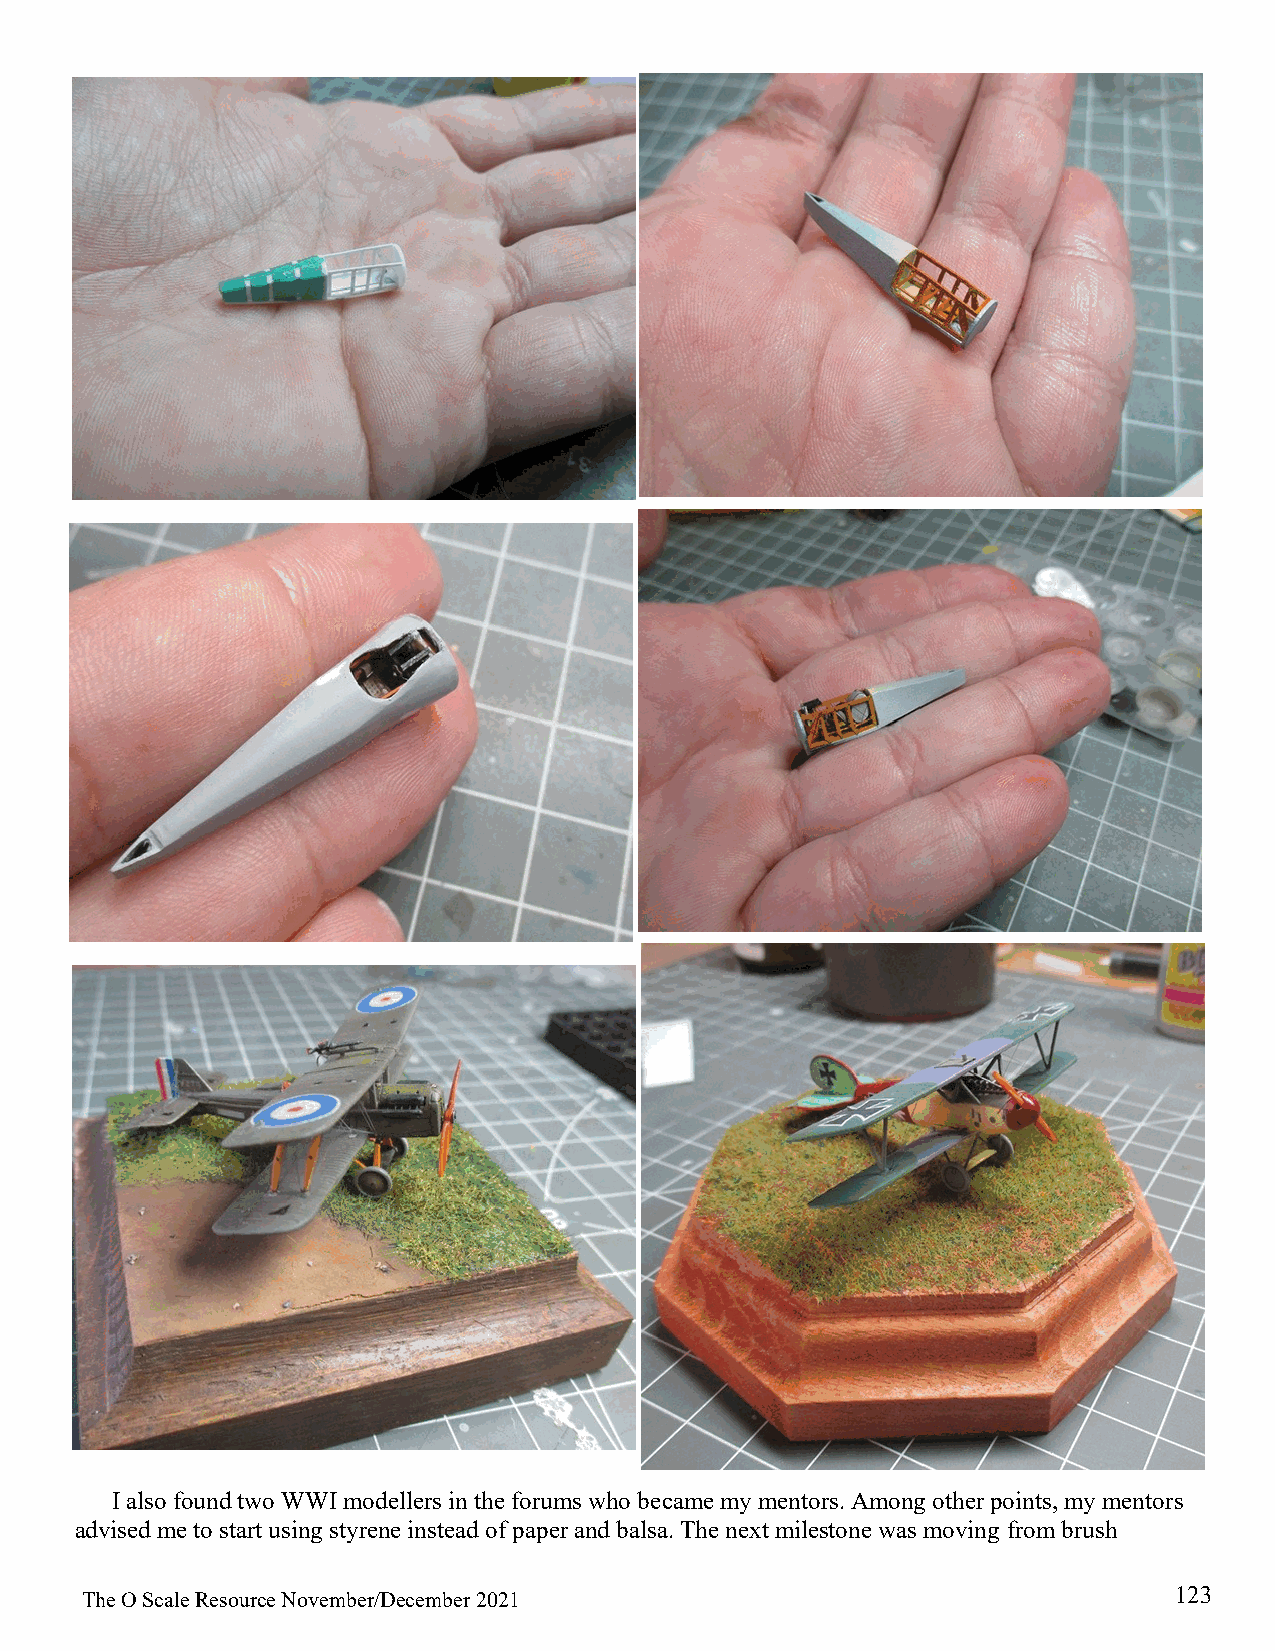
I also found two WWI modellers in the forums who became my mentors. Among other points, my mentors
 advised me to start using styrene instead of paper and balsa. The next milestone was moving from brush
 123
 The O Scale Resource November/December 2021